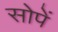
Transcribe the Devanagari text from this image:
सोपें